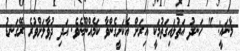
މާނައީ: " ހަނދު އަތުލައިގަތުމަކީ އިރަށް އެކަށީގެންވާ ކަމެއްނޫނެވެ. އަދި ދުވާލަށްވުރެ ރޭގަނޑު